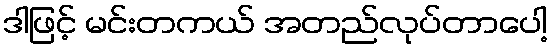
ဒါဖြင့် မင်းတကယ် အတည်လုပ်တာပေါ့